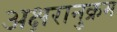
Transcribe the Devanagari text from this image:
अक्षरानुक्रम